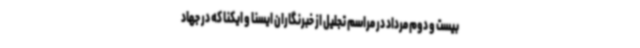
بیست و دوم مرداد در مراسم تجلیل از خبرنگاران ایسنا و ایکنا که در جهاد